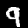
Label: 9